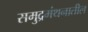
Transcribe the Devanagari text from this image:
समुद्रमंथनातील